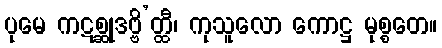
ပုမေ ကဋစ္ဆုဒဗ္ဗိ’တ္ထီ၊ ကုသူလော ကောဋ္ဌ မုစ္စတေ။